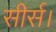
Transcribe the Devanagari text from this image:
सीर्स।